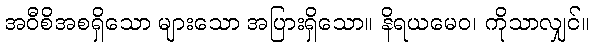
အဝီစိအစရှိသော များသော အပြားရှိသော။ နိရယမေဝ၊ ကိုသာလျှင်။